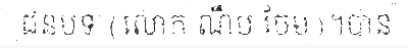
ជនបទ (លោក ណឹប ចែម)។បាន